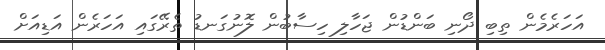
އަހަރެމެން ތިބި ދޯނި ބަންޑުން ޖަހާލި ހިސާބުން ލޮނުގަނޑު ތެރޭގައި އަހަރެން އަޑިއަށް